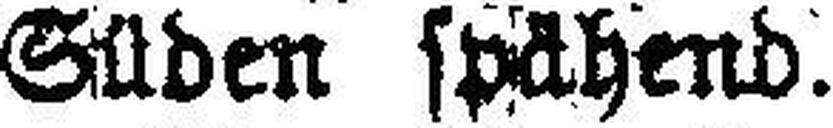
Süden spähend.